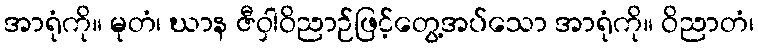
အာရုံကို။ မုတံ၊ ဃာန ဇီဝှါဝိညာဉ်ဖြင့်တွေ့အပ်သော အာရုံကို။ ဝိညာတံ၊